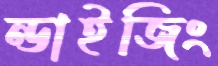
ন্ডাইজিং